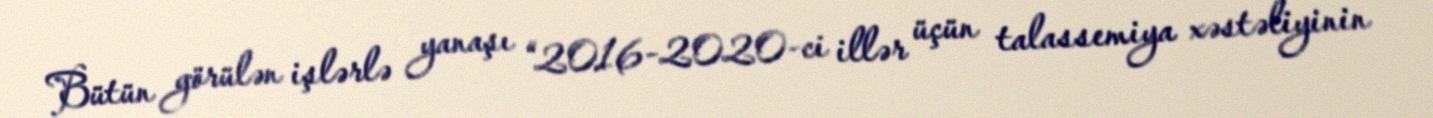
Bütün görülən işlərlə yanaşı “2016-2020-ci illər üçün talassemiya xəstəliyinin